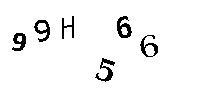
99H566